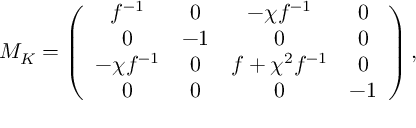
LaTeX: M _ { K } = \left( \begin{array} { c c c c } { { f ^ { - 1 } } } & { { 0 } } & { { - \chi f ^ { - 1 } } } & { { 0 } } \\ { { 0 } } & { { - 1 } } & { { 0 } } & { { 0 } } \\ { { - \chi f ^ { - 1 } } } & { { 0 } } & { { f + \chi ^ { 2 } f ^ { - 1 } } } & { { 0 } } \\ { { 0 } } & { { 0 } } & { { 0 } } & { { - 1 } } \end{array} \right) ,